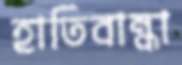
হাতিবান্ধা